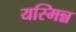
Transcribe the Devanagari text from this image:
यस्मिन्न